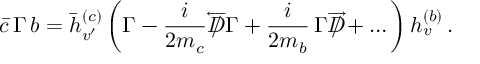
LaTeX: \bar { c } \, \Gamma \, b = \bar { h } _ { v ^ { \prime } } ^ { ( c ) } \, \bigg ( \Gamma - \frac i { 2 m _ { c } } \overleftarrow D \! \! \! \! \slash \, \Gamma + \frac i { 2 m _ { b } } \, \Gamma \overrightarrow D \! \! \! \! \slash + \ldots \bigg ) \, h _ { v } ^ { ( b ) } \, .